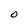
Character: O